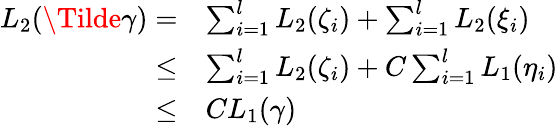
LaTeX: \begin{array}{rl}{L_{2}(\Tilde{\gamma})=}&{\sum_{i=1}^{l}L_{2}(\zeta_{i})+\sum_{i=1}^{l}L_{2}(\xi_{i})}\\ {\le}&{\sum_{i=1}^{l}L_{2}(\zeta_{i})+C\sum_{i=1}^{l}L_{1}(\eta_{i})}\\ {\le}&{CL_{1}(\gamma)}\end{array}